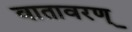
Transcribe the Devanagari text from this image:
वातावरण्